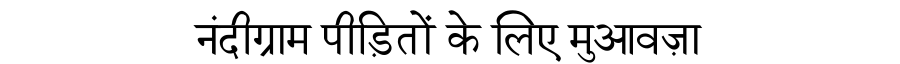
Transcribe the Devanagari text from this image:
नंदीग्राम पीड़ितों के लिए मुआवज़ा